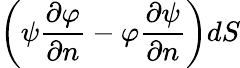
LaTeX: \left(\psi{\frac{\partial\varphi}{\partial n}}-\varphi{\frac{\partial\psi}{\partial n}}\right)dS